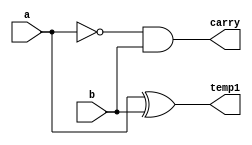
 module MEIADIFERENCA(temp1,carry,a,b);
	input a, b;
	output carry,temp1;
		
  xor XOR1(temp1,a,b);
  not NOT1(temp2,a);
  and AND1(carry,temp2,b);
  
   endmodule
	
	
	module TESTEMEIADIFERENCA;

	reg a,b,c;
	wire diferenca,carry,temp1,carry2,sinal;

	MEIADIFERENCA MEIADIFERENCA1 (temp1,carry,a,b);
	MEIADIFERENCA MEIADIFERENCA2(diferenca,carry2,temp1,c);
	or OR1(sinal,carry2,carry);

	initial begin
		a = 0;b = 0;c=0;
	end

	initial begin

		#1 $display (" Larissa Fernandes Leijoto - 410476 ");
		#1 $display (" a | b | c | Sinal  | Diferenca ");
		$monitor (" %b | %b | %b |   %b    |  %b", a,b,c,sinal,diferenca);
		#1 a = 0;b = 0;c=1;
		#1 a = 0;b = 1;c=0;
		#1 a = 0;b = 1;c=1;
		#1 a = 1;b = 0;c=0;
		#1 a = 1;b = 0;c=1;
		#1 a = 1;b = 1;c=0;
		#1 a = 1;b = 1;c=1;


	end	
     endmodule